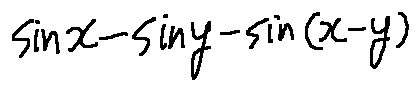
\sin x - \sin y - \sin ( x - y )